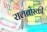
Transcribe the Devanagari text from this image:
रालबोस्की